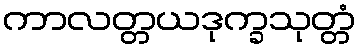
ကာလတ္တယဒုက္ခသုတ္တံ